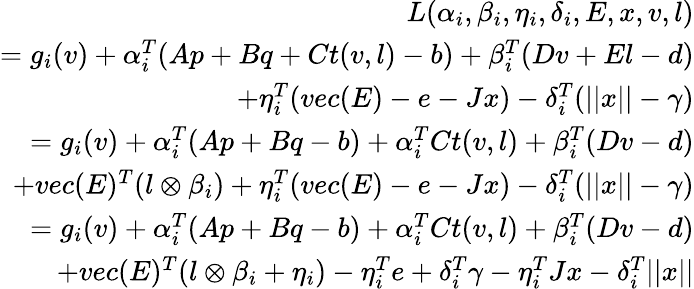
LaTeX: \begin{array}{r}{L(\alpha_{i},\beta_{i},\eta_{i},\delta_{i},E,x,v,l)}\\ {=g_{i}(v)+\alpha_{i}^{T}(Ap+Bq+Ct(v,l)-b)+\beta_{i}^{T}(Dv+El-d)}\\ {+\eta_{i}^{T}(vec(E)-e-Jx)-\delta_{i}^{T}(||x||-\gamma)}\\ {=g_{i}(v)+\alpha_{i}^{T}(Ap+Bq-b)+\alpha_{i}^{T}Ct(v,l)+\beta_{i}^{T}(Dv-d)}\\ {+vec(E)^{T}(l\otimes\beta_{i})+\eta_{i}^{T}(vec(E)-e-Jx)-\delta_{i}^{T}(||x||-\gamma)}\\ {=g_{i}(v)+\alpha_{i}^{T}(Ap+Bq-b)+\alpha_{i}^{T}Ct(v,l)+\beta_{i}^{T}(Dv-d)}\\ {+vec(E)^{T}(l\otimes\beta_{i}+\eta_{i})-\eta_{i}^{T}e+\delta_{i}^{T}\gamma-\eta_{i}^{T}Jx-\delta_{i}^{T}||x||}\end{array}